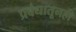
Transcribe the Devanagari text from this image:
प्रबंधातूनही